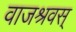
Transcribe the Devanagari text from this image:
वाजश्रवस्